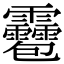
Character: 𩇌